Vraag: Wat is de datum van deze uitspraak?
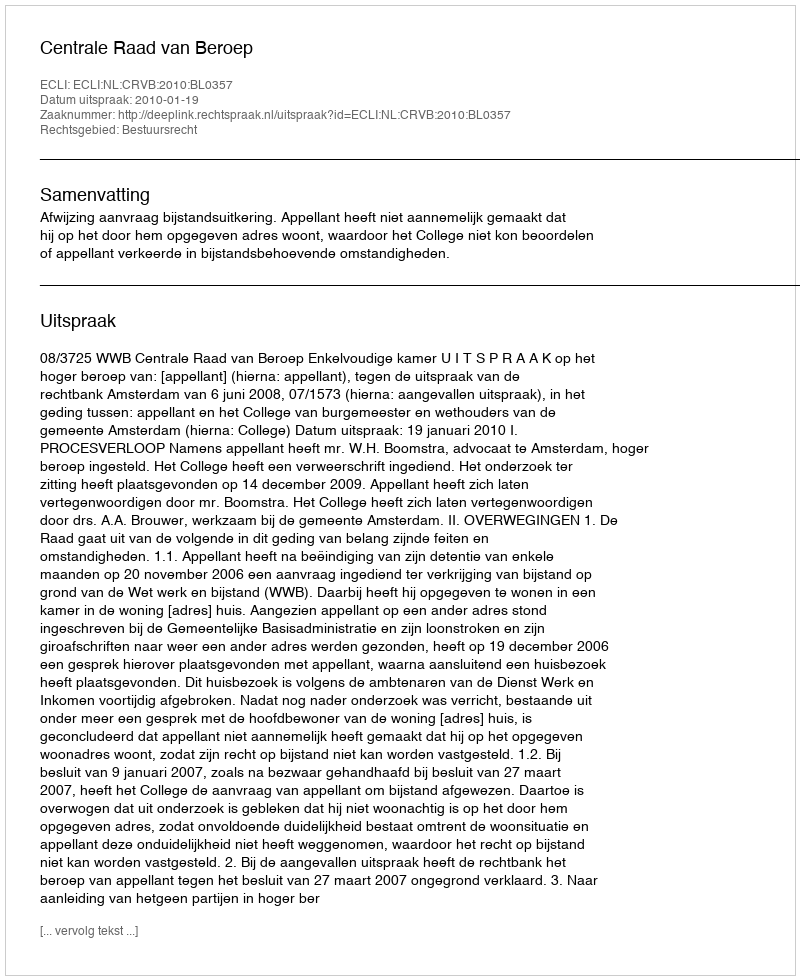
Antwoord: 2010-01-19